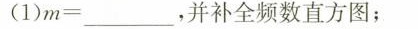
(1)$$m = ___$$，并补全频数直方图；